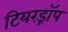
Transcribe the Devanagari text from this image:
टियरड्रॉप